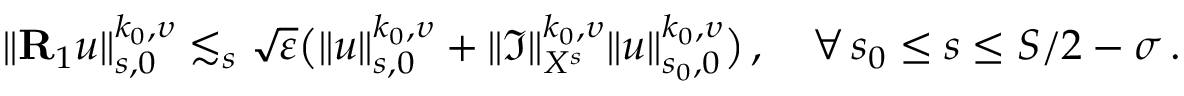
\| { \bf R } _ { 1 } u \| _ { s , 0 } ^ { k _ { 0 } , \upsilon } \lesssim _ { s } \sqrt { \varepsilon } \big ( \| u \| _ { s , 0 } ^ { k _ { 0 } , \upsilon } + \| { \mathfrak I } \| _ { { \cal X } ^ { s } } ^ { k _ { 0 } , \upsilon } \| u \| _ { s _ { 0 } , 0 } ^ { k _ { 0 } , \upsilon } \big ) \, , \quad \forall \, s _ { 0 } \leq s \leq S / 2 - \sigma \, .